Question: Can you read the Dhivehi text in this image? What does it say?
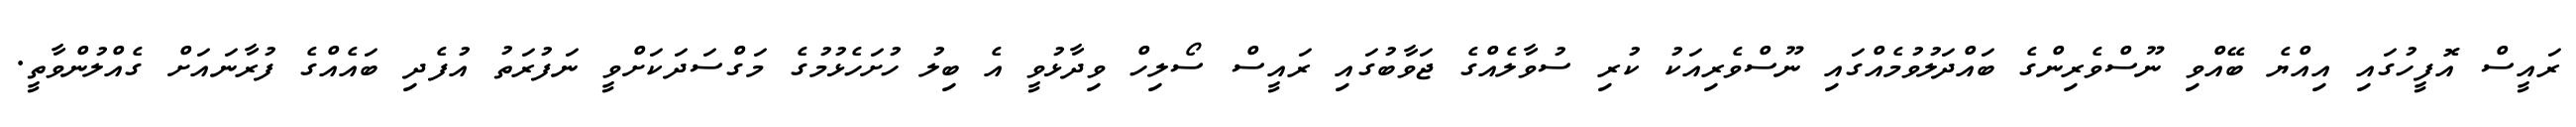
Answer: ރައީސް އޮފީހުގައި އިއްޔެ ބޭއްވި ނޫސްވެރިންގެ ބައްދަލުވުމެއްގައި ނޫސްވެރިއަކު ކުރި ސުވާލެއްގެ ޖަވާބުގައި ރައީސް ސޯލިހް ވިދާޅުވީ އެ ބިލު ހުށަހެޅުމުގެ މަގްސަދަކަށްވީ ނަފުރަތު އުފެދި ބައެއްގެ ފުރާނައަށް ގެއްލުންވާތީ.